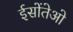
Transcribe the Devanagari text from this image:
ईसोंतेओ